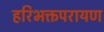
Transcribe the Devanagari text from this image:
हरिभक्तपरायण